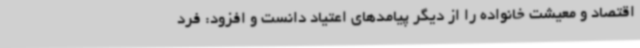
اقتصاد و معیشت خانواده را از دیگر پیامدهای اعتیاد دانست و افزود: فرد